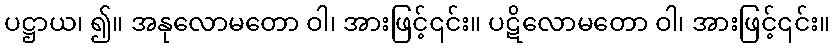
ပဋ္ဌာယ၊ ၍။ အနုလောမတော ဝါ၊ အားဖြင့်၎င်း။ ပဋိလောမတော ဝါ၊ အားဖြင့်၎င်း။